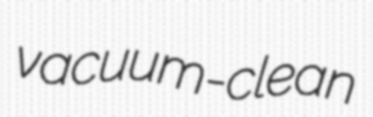
vacuum-clean